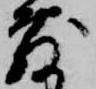
敷